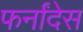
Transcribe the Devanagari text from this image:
फर्नांदेस